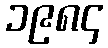
၁၉၈၄